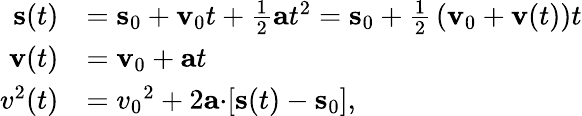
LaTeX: {\begin{array}{rl}{\mathbf{s}(t)}&{=\mathbf{s}_{0}+\mathbf{v}_{0}t+{\frac{1}{2}}\mathbf{a}t^{2}=\mathbf{s}_{0}+{\frac{1}{2}}\left(\mathbf{v}_{0}+\mathbf{v}(t)\right)t}\\ {\mathbf{v}(t)}&{=\mathbf{v}_{0}+\mathbf{a}t}\\ {{v^{2}}(t)}&{={v_{0}}^{2}+2\mathbf{a\cdot}[\mathbf{s}(t)-\mathbf{s}_{0}],}\end{array}}